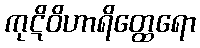
ကုဋိဝိဟာရိတ္ထေရော